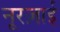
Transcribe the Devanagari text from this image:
नूरज़ाई